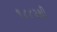
૧૮૮૨થી